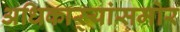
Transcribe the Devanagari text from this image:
अधिकार्‍यांसमोर